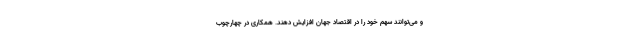
و می‌توانند سهم خود را در اقتصاد جهان افزایش دهند. همکاری در چهارچوب